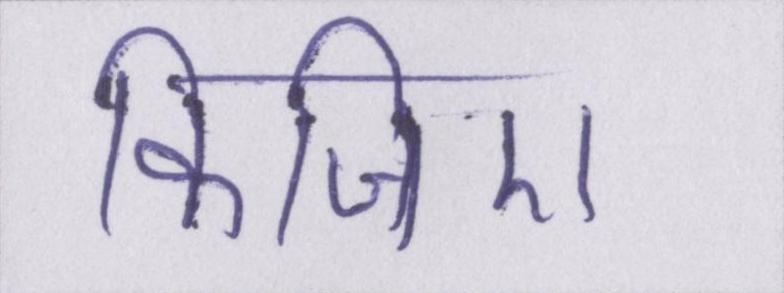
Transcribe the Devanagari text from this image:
किजिए